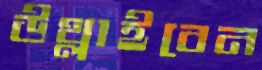
উথ্‌লাইবেন